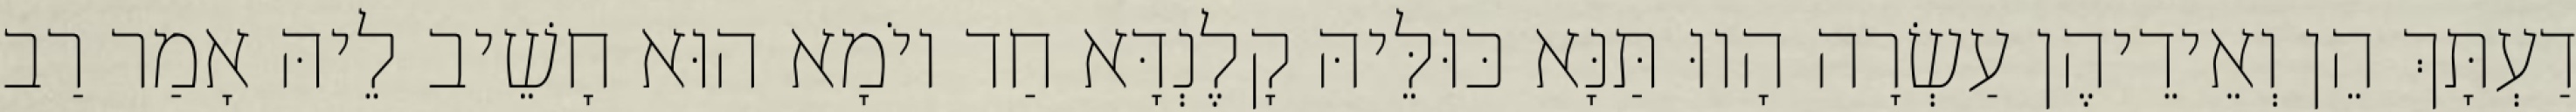
דַעְתָּךְ הֵן וְאֵידֵיהֶן עַשְׂרָה הָווּ תַּנָּא כּוּלֵּיהּ קָלֶנְדָּא חַד יוֹמָא הוּא חָשֵׁיב לֵיהּ אָמַר רַב